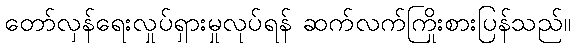
တော်လှန်ရေးလှုပ်ရှားမှုလုပ်ရန် ဆက်လက်ကြိုးစားပြန်သည်။